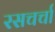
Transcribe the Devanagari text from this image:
रसचर्चा